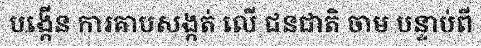
បង្កើន ការគាបសង្កត់ លើ ជនជាតិ ចាម បន្ទាប់ពី